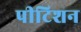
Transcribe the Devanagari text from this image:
पीटिशन